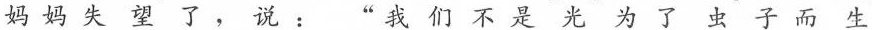
妈妈失望了，说：”我们不是光为了虫子而生